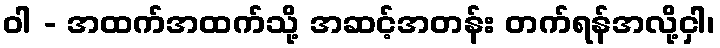
ဝါ - အထက်အထက်သို့ အဆင့်အတန်း တက်ရန်အလို့ငှါ၊